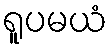
ရူပမယံ